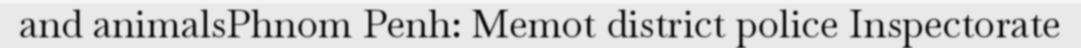
and animalsPhnom Penh: Memot district police Inspectorate